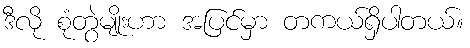
ဒီလို စုံတွဲမျိုးဟာ အပြင်မှာ တကယ်ရှိပါတယ်။